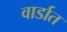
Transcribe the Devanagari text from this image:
वार्डात